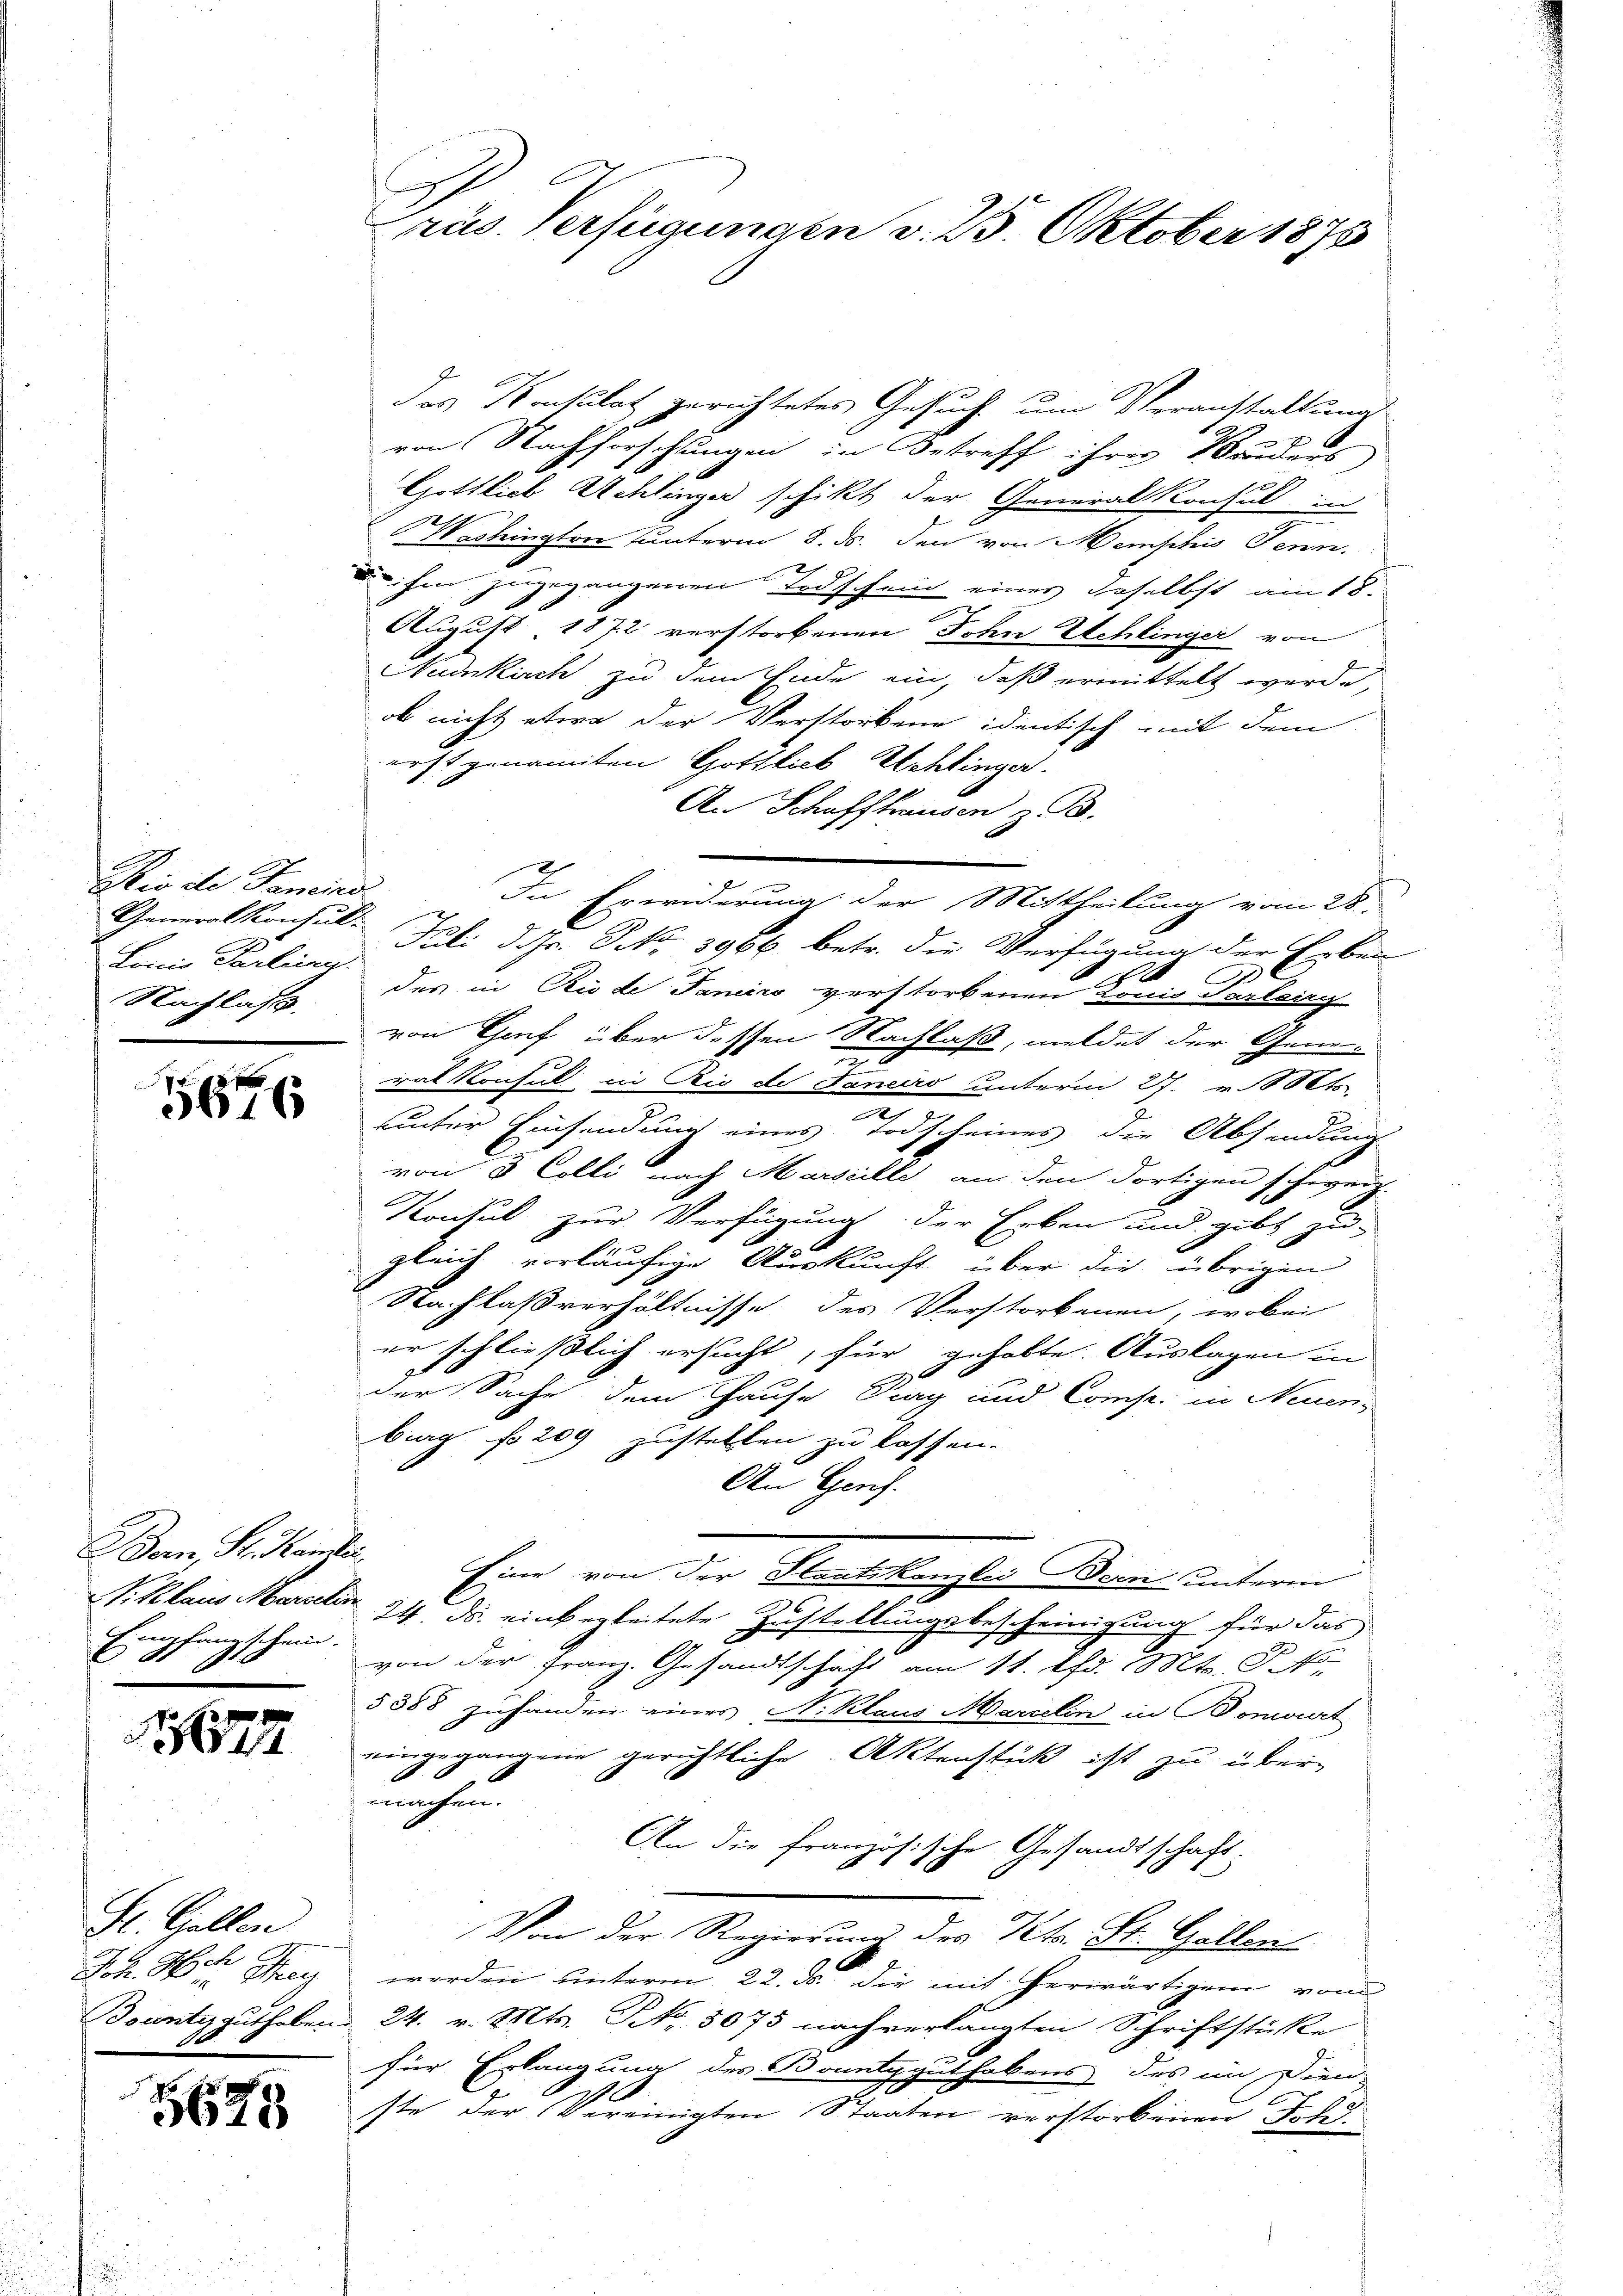
Dio de Tenend
Generalkonsul-
Lonio Parteien.
Nachlaß

5616

Bern, Sr. Kandin
S. Klaus Marielin
Empfangschein.

1677

St. Gallen
Sch. Hch. May
Bocente guthaben.
30.

G
5625

¬
rus. Verfügungen v. 25. Oktober 1875

das Konsulat gerichtetes Gesuch um Veranstaltung
e
von Nachforschungen in Betreff ihrer Bruders
Gottlieb Schlinger schikt der Generalkonsul in
Washington unterm 8. ds. den von Memphis Senn.
u ihm zugegangenen Todschein eines daselbst am 18.
August 1872 verstorbenen John Schlinger von
Nunkirch zu dem Ende ein, daß ermittelt werde
ob nicht etwa der Verstorbene identisch mit dem
erst genannten Gottlieb Schlinger.
An Schaffhausen z. B.
In Erwiderung der Mittheilung vom 28.
Juli d. Hr. P. Nr. 3966 betr. die Verfügung der Erben
des in Rio de Janeiro verstorbenen Louis Parteig
von Genf über dessen Nachlaß, meldet der Geme
.
rat Konsul in Rio de Janaro unterm 27. v. Mts.
unter Einsendung eines Todscheines die Absendung
von 3 Colli nach Marseille am den dortigen schweiz.
Konsul zur Verfügung der Erben und gibt zu-
d
.
gleich vorläufige Auskunft über die übrigen
Nachlaßverhältnisse des Verstorbenen, wobei
er schließlich ersucht, für gehabte Auslagen in

der Sache dem Hause Prag und Comp. in Neuen,
brag fo 209 zustellen zu lassen.
An Genf.
s
Eine von der Staatskanzlei Bern unterm
24. ds. einbegleitete Zustellungsbescheinigung für das
von der Franz. Gesandtschaft am 11. Uhr. Mts. P. N
5388 zuhanden eines N. Klaus Marielin in Bonvurt
eingegangene gerichtliche Aktenstück ist zu über-
machen.
An die französische Gesandtschaft:
Von der Regierung des Kts. St. Gallen
werden unterm 22. ds. die mit herwärtigen von
24. v. Mts. No. 5075 nach verlangten Schriftstüke
für Erlangung des Bountyguthabens des in Dien-
.
ste der Vereinigten Staaten verstorbenen Joh.